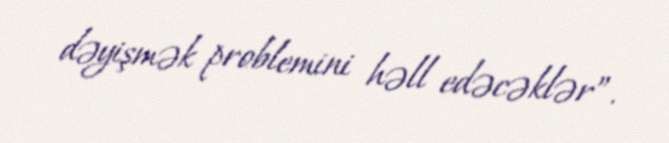
dəyişmək problemini həll edəcəklər”.